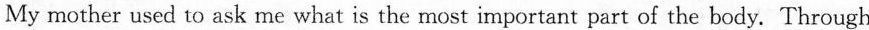
My mother used to ask me what is themost important part of the body. Through